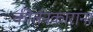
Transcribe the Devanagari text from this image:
कीर्तनकारांना